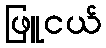
ဖြူငယ်